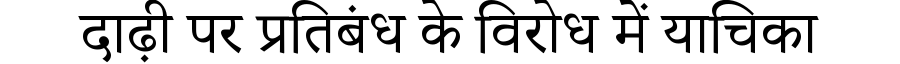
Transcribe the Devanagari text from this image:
दाढ़ी पर प्रतिबंध के विरोध में याचिका